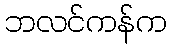
ဘလင်ကန်က